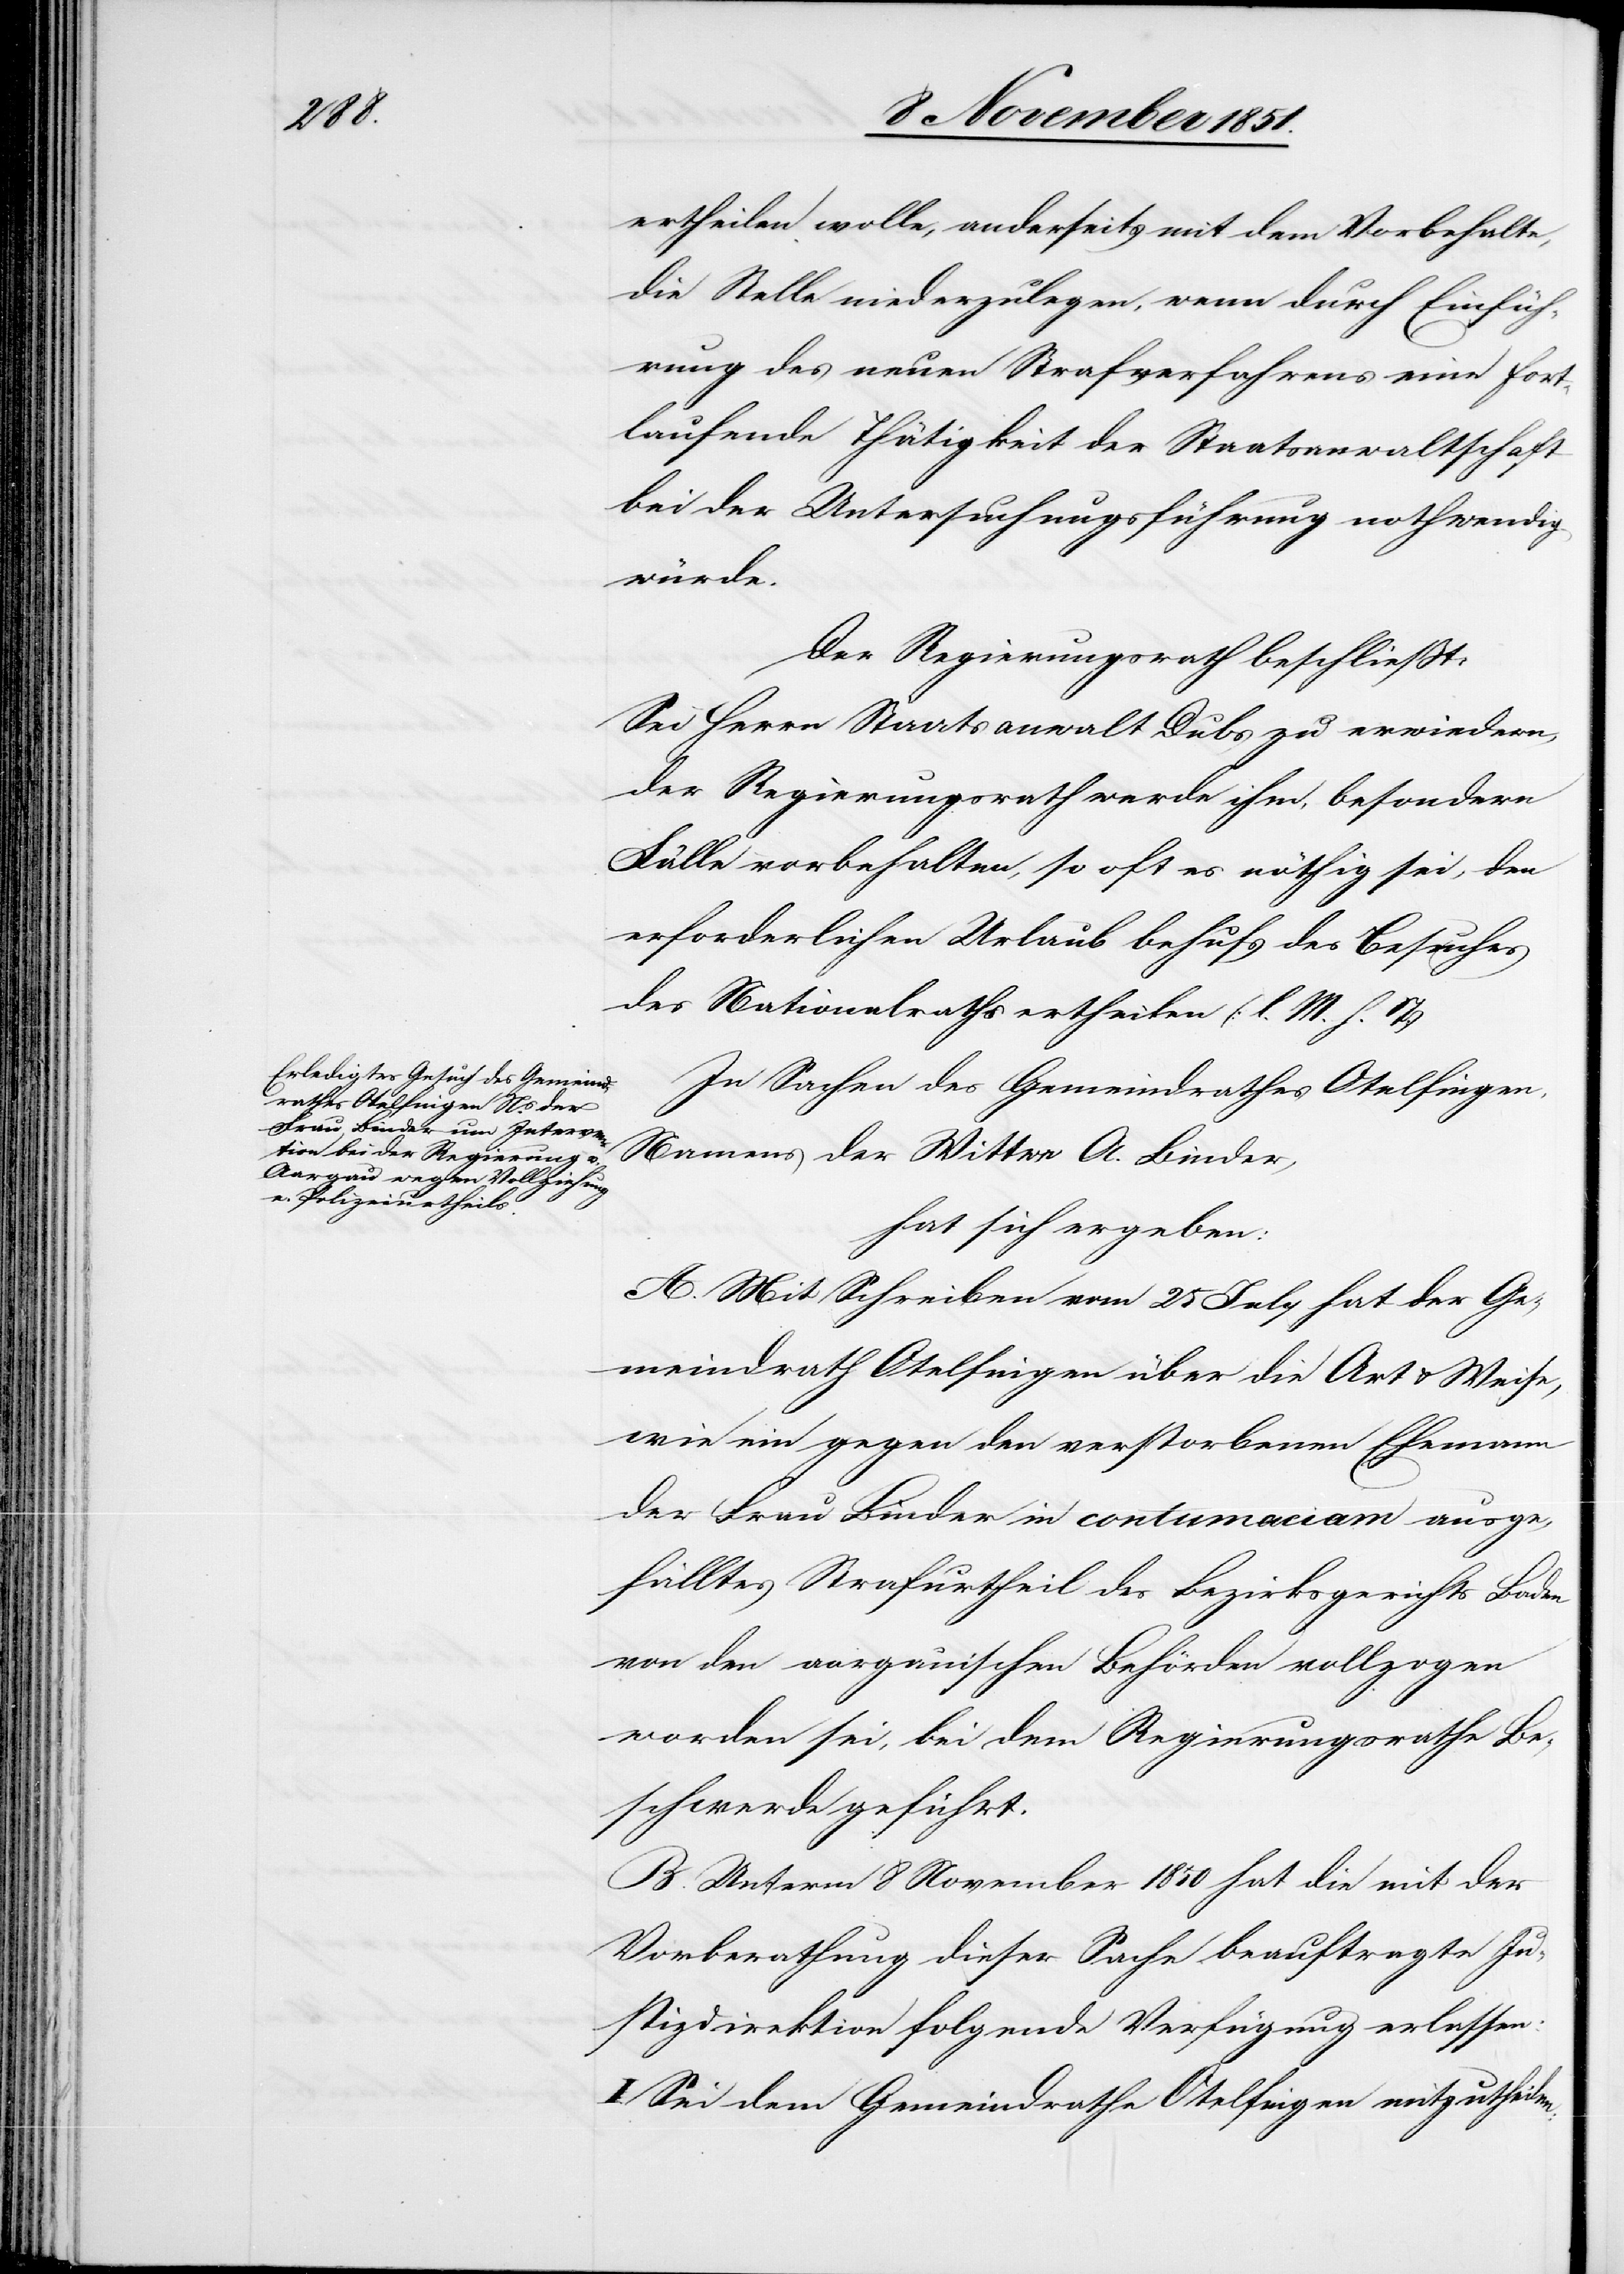
ertheilen wolle, anderseits mit dem Vorbehalte,
die Stelle niederzulegen, wenn durch Einfüh¬
rung des neuen Strafverfahrens eine fort¬
laufende Thätigkeit der Staatsanwaltschaft
bei der Untersuchungsführung nothwendig
würde.
Der Regierungsrath beschließt:
Sei Herrn Staatsanwalt Dubs zu erwiedern,
der Regierungsrath werde ihm, besondere
Fälle vorbehalten, so oft es nöthig sei, den
erforderlichen Urlaub behufs des Besuches
des Nationalraths ertheilen (l. M. h. T)[.]
In Sachen des Gemeindrathes Otelfingen,
Namens der Wittwe A. Binder,
hat sich ergeben:
A. Mit Schreiben vom 25 July hat der Ge¬
meindrath Otelfingen über die Art & Weise,
wie ein gegen den verstorbenen Ehemann
der Frau Binder in contumaciam ausge¬
fälltes Strafurtheil des Bezirksgerichts Baden
von den aargauischen Behörden vollzogen
worden sei, bei dem Regierungsrathe Be¬
schwerde geführt.
B. Unterm 8 November 1850 hat die mit der
Vorberathung dieser Sache beauftragte Ju¬
stizdirektion folgende Verfügung erlassen:
I Sei dem Gemeindrathe Otelfingen mitzutheilen: